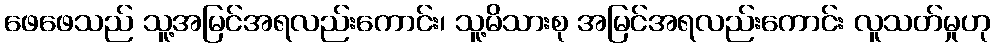
ဖေဖေသည် သူ့အမြင်အရလည်းကောင်း၊ သူ့မိသားစု အမြင်အရလည်းကောင်း လူသတ်မှုဟု